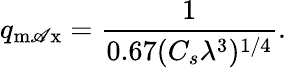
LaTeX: q_{\operatorname*{m\mathscr{A}x}}={\frac{{1}}{{0.67(C_{s}\lambda^{3})^{1/4}}}}.